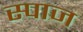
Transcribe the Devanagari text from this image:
स्पाज